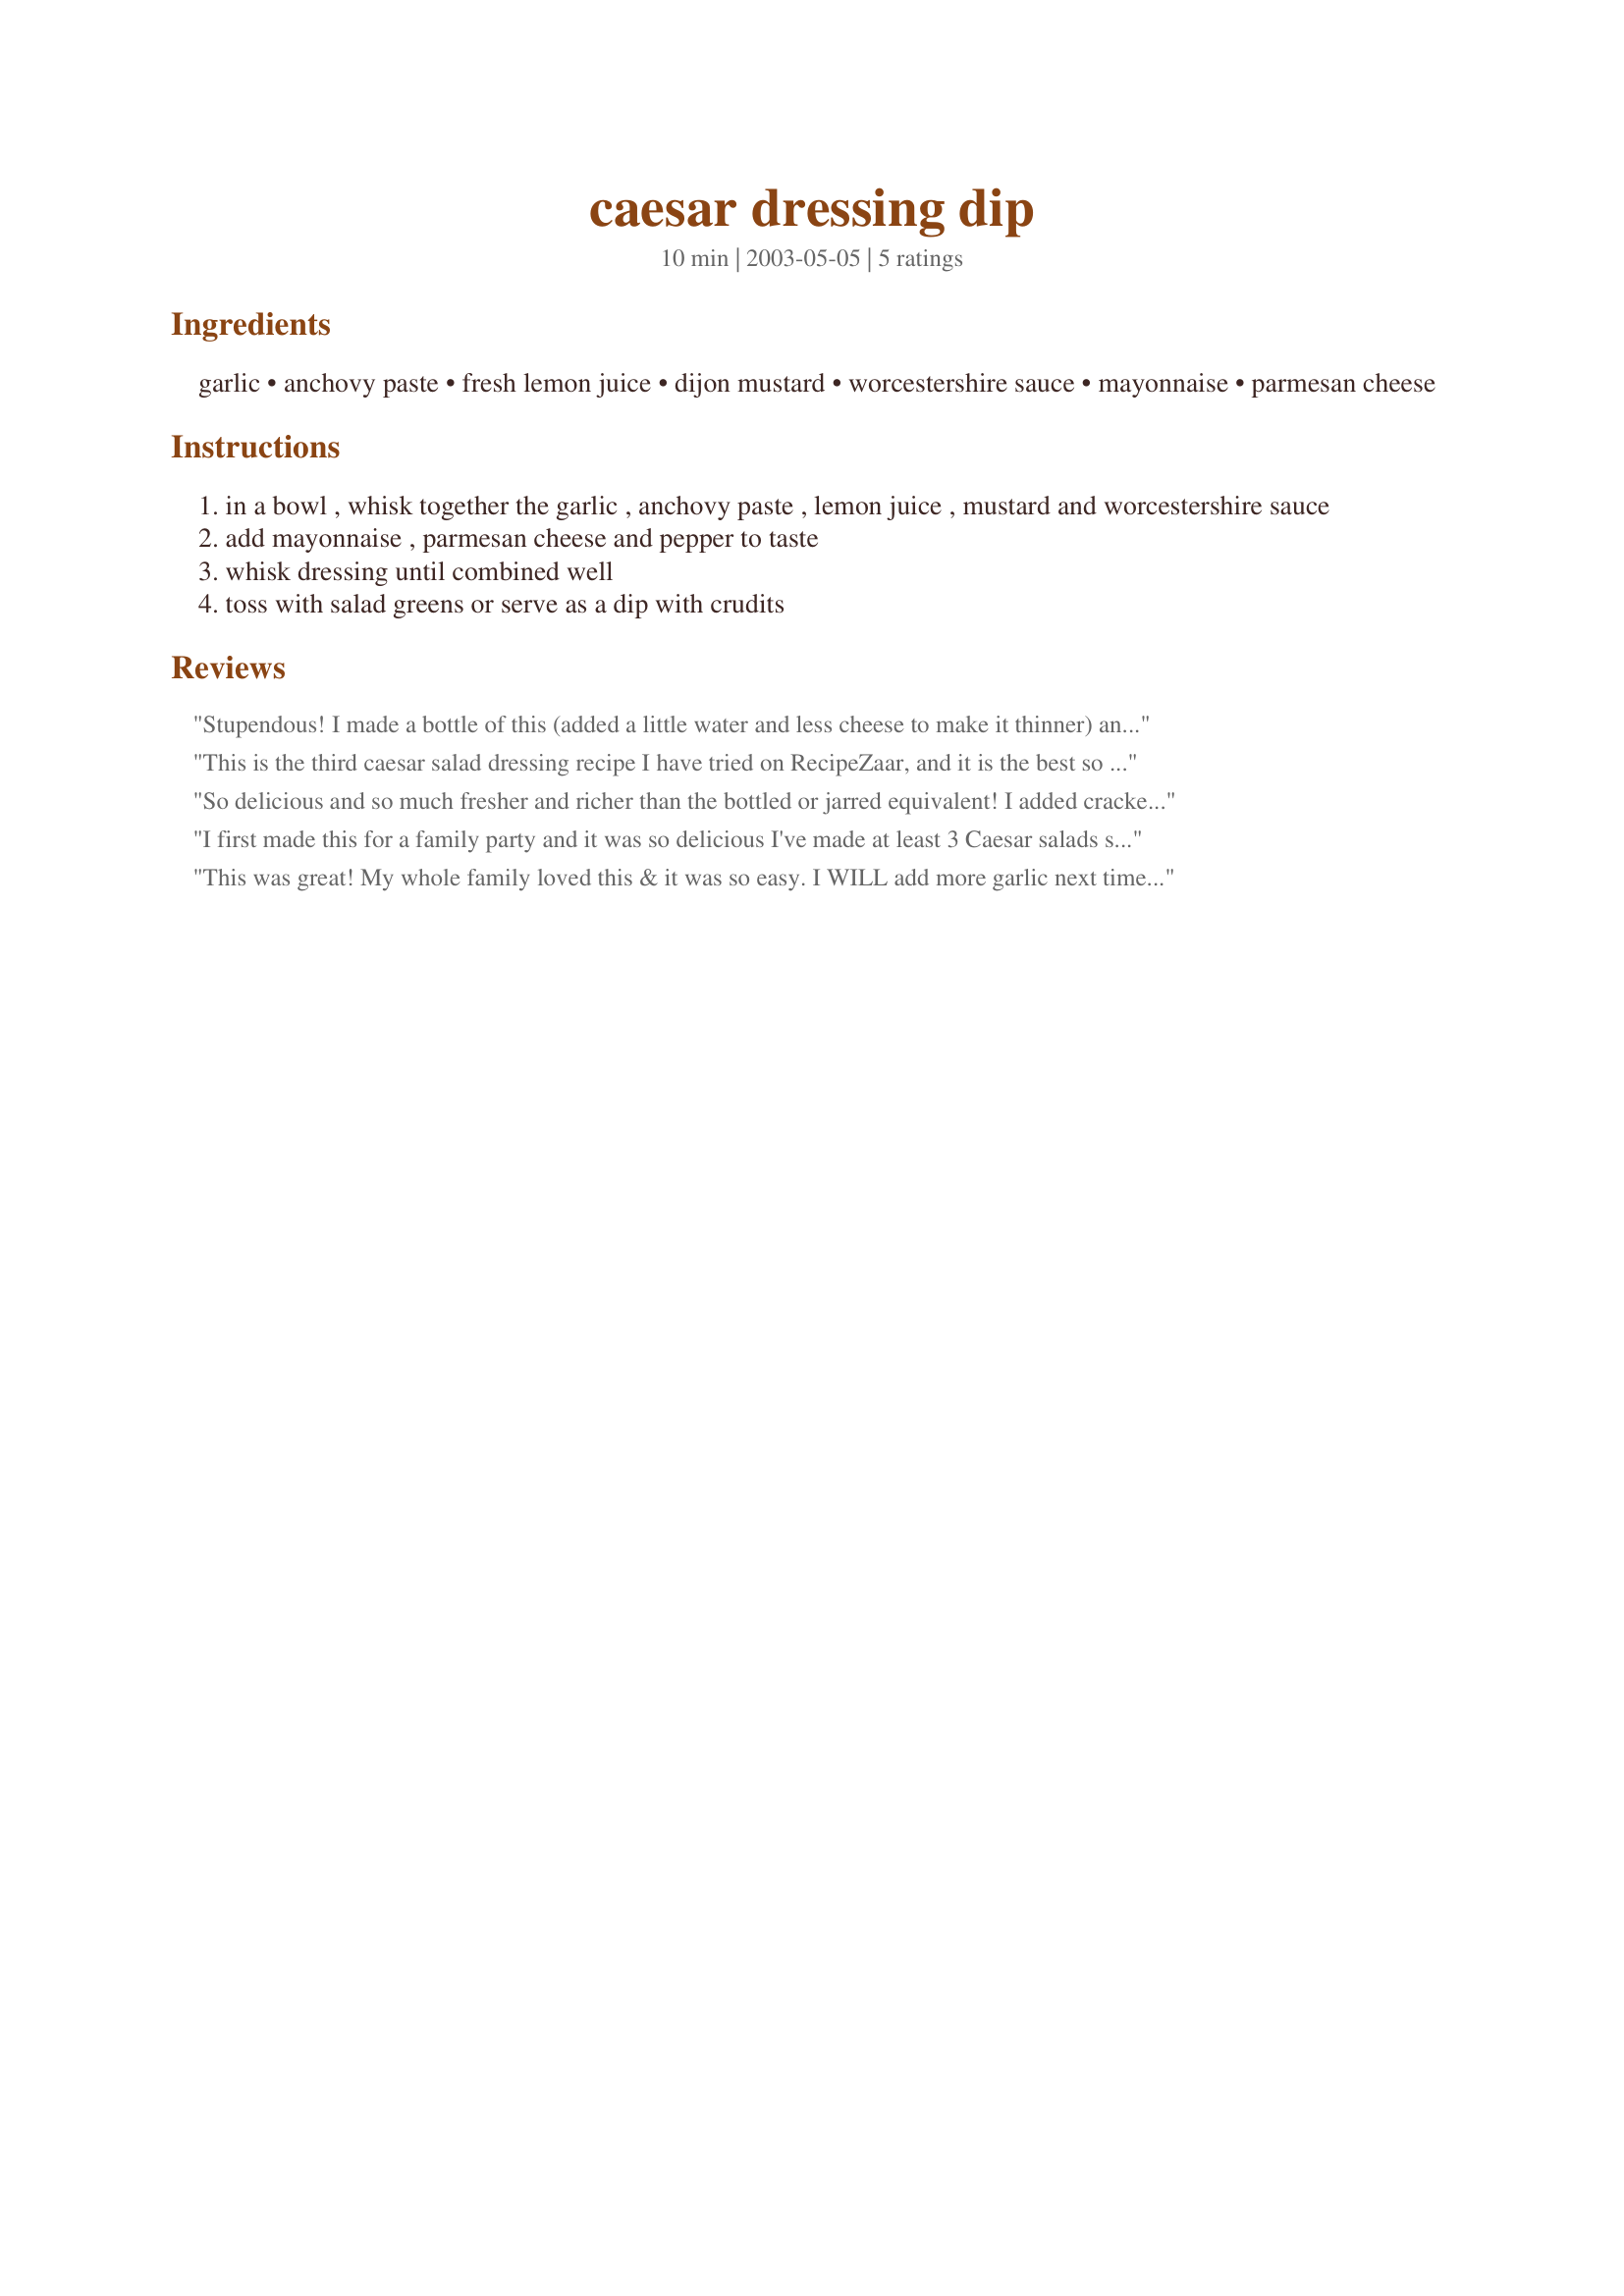
caesar dressing dip
Preparation time: 10 minutes

Ingredients:
garlic, anchovy paste, fresh lemon juice, dijon mustard, worcestershire sauce, mayonnaise, parmesan cheese

Steps:
in a bowl , whisk together the garlic , anchovy paste , lemon juice , mustard and worcestershire sauce
add mayonnaise , parmesan cheese and pepper to taste
whisk dressing until combined well
toss with salad greens or serve as a dip with crudits

Reviews:
Stupendous! I made a bottle of this (added a little water and less cheese to make it thinner) and the whole family ate salad like it was going out of style...I didn't even put any vegetables in it (just plain romaine lettuce), but a few croutons would have been perfect. 

Very zesty and not for the faint of palate--my mom makes it with less anchovy paste since she's not a big fish lover--less garlic would tone it down also, but I loved it like this. Thanks Evelyn!
This is the third caesar salad dressing recipe I have tried on RecipeZaar, and it is the best so far! I like that it doesn't have any raw egg in it. The mayo makes it thick enough to use as a dressing or a dip. Thanks for posting! We have a ton of Romaine in our garden, and I'm sure we'll be making this often!
So delicious and so much fresher and richer than the bottled or jarred equivalent! I added cracked black pepper and served it as a dip. It was absolutely marvelous and a perfect combination of flavors! Thank you so much!
I first made this for a family party and it was so delicious I've made at least 3 Caesar salads since! My 11-year-old daughter (who usually HATES salad) has had seconds, she says it's because of "my" homemade dressing. YUM! I'll be making this until I'm a little old lady. :-)
This was great! My whole family loved this & it was so easy. I WILL add more garlic next time since we are such garlic lovers, but this is a fantastic recipe as is.
